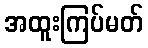
အထူးကြပ်မတ်